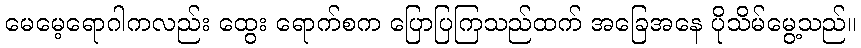
မေမေ့ရောဂါကလည်း ထွေး ရောက်စက ပြောပြကြသည်ထက် အခြေအနေ ပိုသိမ်မွေ့သည်။